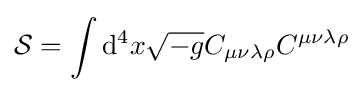
{\mathcal {S}}=\int \mathrm {d} ^{4}x{\sqrt {-g}}C_{\mu \nu \lambda \rho }C^{\mu \nu \lambda \rho }